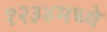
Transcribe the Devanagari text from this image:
१२३४मध्ये